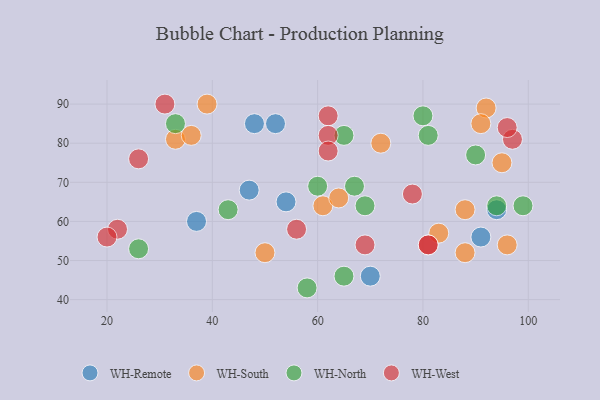
{"axis": {"x": "GDP", "y": "Life Expectancy"}, "legend": ["WH-North", "WH-Remote", "WH-South", "WH-West"], "data": [{"x": "48", "y": 85, "type": "WH-Remote"}, {"x": "54", "y": 65, "type": "WH-Remote"}, {"x": "70", "y": 46, "type": "WH-Remote"}, {"x": "91", "y": 56, "type": "WH-Remote"}, {"x": "47", "y": 68, "type": "WH-Remote"}, {"x": "94", "y": 63, "type": "WH-Remote"}, {"x": "37", "y": 60, "type": "WH-Remote"}, {"x": "52", "y": 85, "type": "WH-Remote"}, {"x": "72", "y": 80, "type": "WH-South"}, {"x": "61", "y": 64, "type": "WH-South"}, {"x": "64", "y": 66, "type": "WH-South"}, {"x": "88", "y": 63, "type": "WH-South"}, {"x": "88", "y": 52, "type": "WH-South"}, {"x": "95", "y": 75, "type": "WH-South"}, {"x": "50", "y": 52, "type": "WH-South"}, {"x": "96", "y": 54, "type": "WH-South"}, {"x": "83", "y": 57, "type": "WH-South"}, {"x": "39", "y": 90, "type": "WH-South"}, {"x": "92", "y": 89, "type": "WH-South"}, {"x": "91", "y": 85, "type": "WH-South"}, {"x": "33", "y": 81, "type": "WH-South"}, {"x": "36", "y": 82, "type": "WH-South"}, {"x": "60", "y": 69, "type": "WH-North"}, {"x": "99", "y": 64, "type": "WH-North"}, {"x": "33", "y": 85, "type": "WH-North"}, {"x": "69", "y": 64, "type": "WH-North"}, {"x": "65", "y": 82, "type": "WH-North"}, {"x": "80", "y": 87, "type": "WH-North"}, {"x": "67", "y": 69, "type": "WH-North"}, {"x": "65", "y": 46, "type": "WH-North"}, {"x": "58", "y": 43, "type": "WH-North"}, {"x": "43", "y": 63, "type": "WH-North"}, {"x": "81", "y": 82, "type": "WH-North"}, {"x": "90", "y": 77, "type": "WH-North"}, {"x": "94", "y": 64, "type": "WH-North"}, {"x": "26", "y": 53, "type": "WH-North"}, {"x": "22", "y": 58, "type": "WH-West"}, {"x": "56", "y": 58, "type": "WH-West"}, {"x": "97", "y": 81, "type": "WH-West"}, {"x": "62", "y": 87, "type": "WH-West"}, {"x": "81", "y": 54, "type": "WH-West"}, {"x": "69", "y": 54, "type": "WH-West"}, {"x": "62", "y": 82, "type": "WH-West"}, {"x": "26", "y": 76, "type": "WH-West"}, {"x": "78", "y": 67, "type": "WH-West"}, {"x": "20", "y": 56, "type": "WH-West"}, {"x": "81", "y": 54, "type": "WH-West"}, {"x": "96", "y": 84, "type": "WH-West"}, {"x": "62", "y": 78, "type": "WH-West"}, {"x": "31", "y": 90, "type": "WH-West"}]}